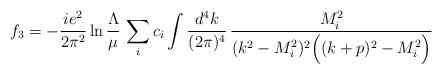
LaTeX: \begin{align*}f_3 =- \frac{i e^2}{2\pi^2}\ln\frac{\Lambda}{\mu}\,\sum\limits_i c_i\int \frac{d^4k}{(2\pi)^4}\,\frac{M_i^2}{(k^2-M_i^2)^2\Big((k+p)^2-M_i^2\Big)}\qquad\quad\end{align*}